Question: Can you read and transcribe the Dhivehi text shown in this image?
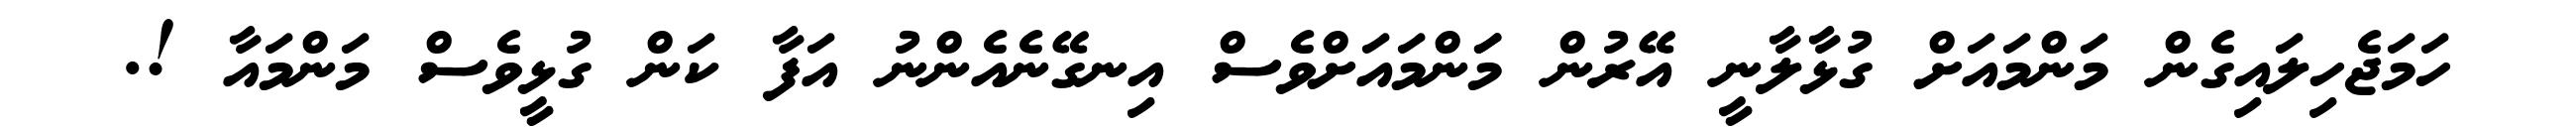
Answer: ހަމަޖެހިލައިގެން މަންމައަށް ގުޅާލާނީ އޭރުން މަަންމައަށްވެސް އިނގޭނެއެންނު އަފާ ކަން ގުޅީވެސް މަންމައާ !.